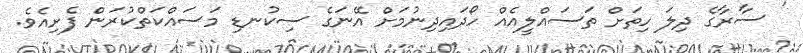
' ސާރާގެ ދިލަ ހިތަށް ތަސައްލީއެއް ހޯދައިދިނުމަށް އޭނަގެ ސިކުނޑި މަސައްކަތްކުރަން ފެށިއެވެ.